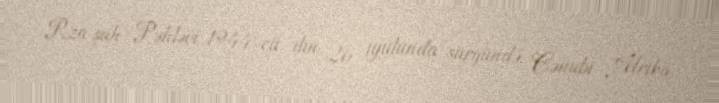
Rza şah Pəhləvi 1944-cü ilin 26 iyulunda sürgündə, Cənubi Afrika